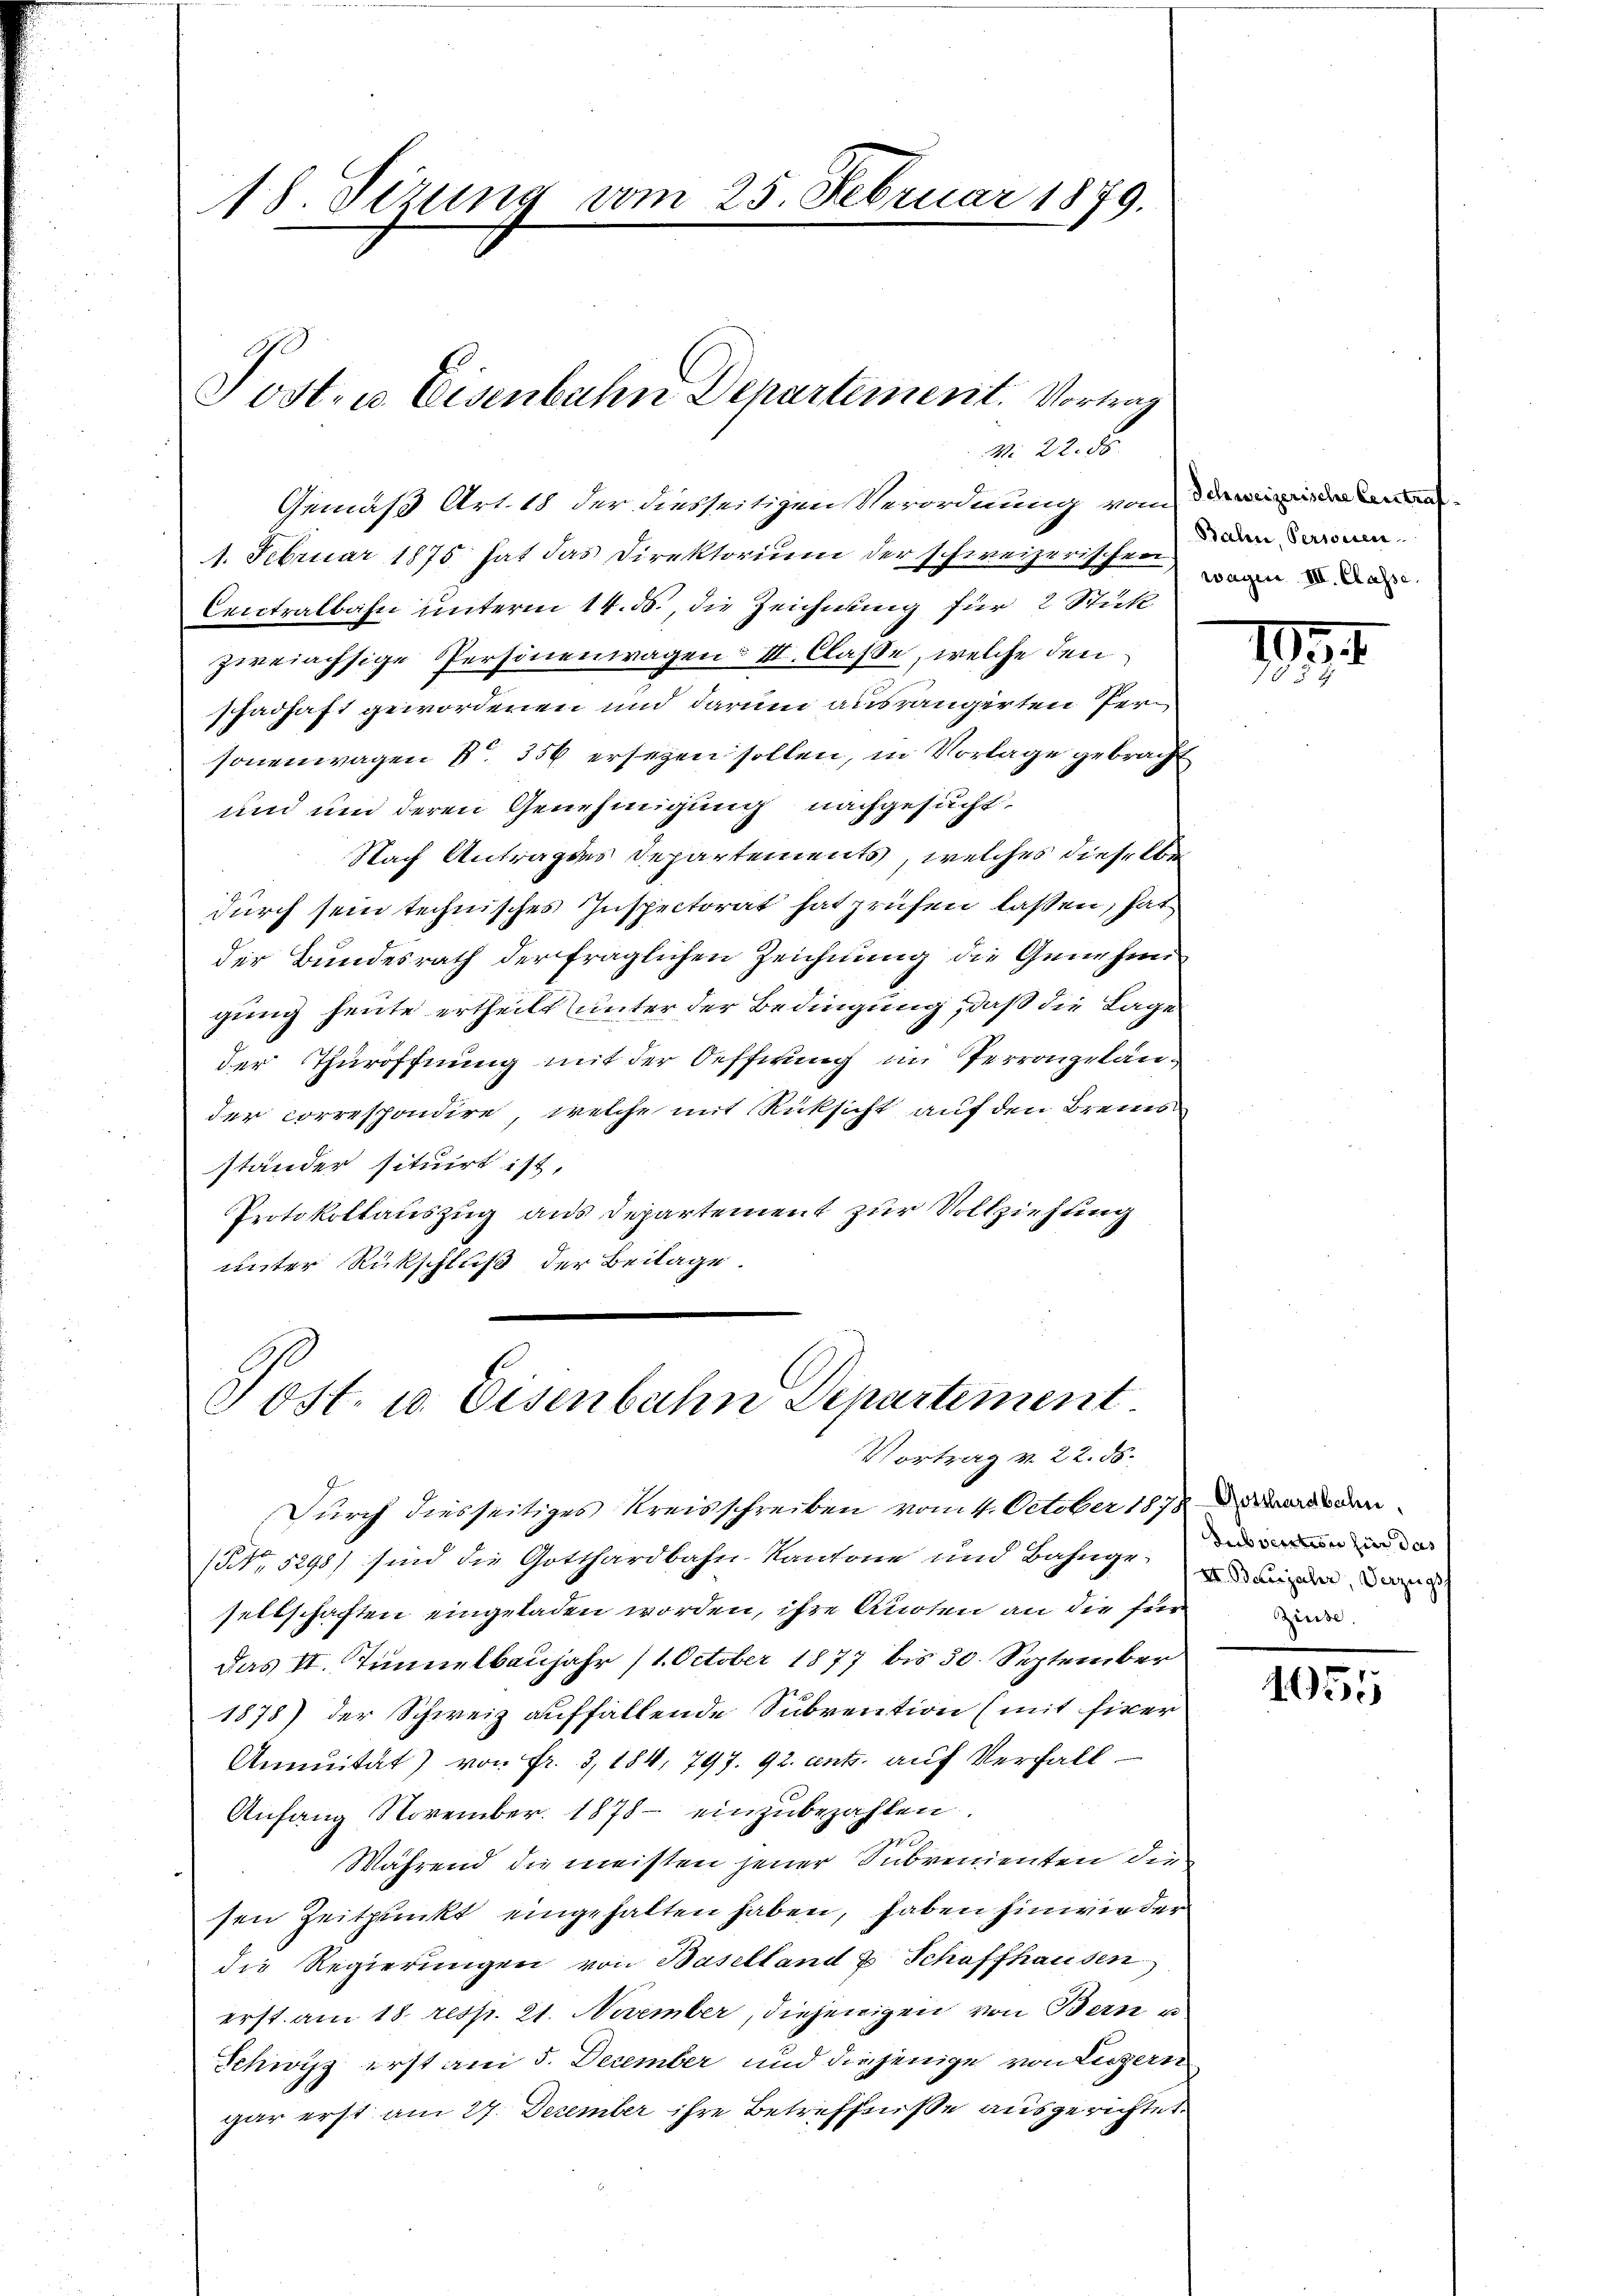
18 Dezung vom 25. Februar 1879.
d
Post- u. Eisenbahn Departement. Vortrag

N 22. 86
Gemäß Art. 18 der diesseitigen Verordnung vom einer Bran

1. Februar 1875 hat das Direktorium der schweizerischen,
Ceictralbahn unterm 14. ds., die Zeichnung für 2 Stück
zweiächsige Personenwagen: III. Classe, welche den
schadhaft gewordenen und darum ausrängerten Personenwagen S. 356 ersezen sollen, in Vorlage gebracht
und und deren Genehmigung nachgesucht.
Nach Antrages Departements, welches dieselbe
durch sein technisches Inspectorat hat prüfen lassen, hat
der Bundesrath der fraglichen Zeichnung die Genehm
gung heute ertheilt unter der Bedingung, daß die Lage
der Thüröffnung mit der Oeffnung in Perrongelan-
der correspondire, welche mit Rücksicht auf den Brems
ständer situirt ist,
Protokollauszug aus Departement zur Vollziehung
unter Rückschluß der Beilage

Post. 10. Eisenbahn Departement.
Vortrag v. 22. ds.

Balen, Perwesen
wagen III. Classe.

Durch diesseitiges Kreisschreiben vom 4. October 1878 den
(NNo. 5298) sind die Gotthardbahn-Kantone und Bahnge, und die
sellschaften eingeladen worden, ihre Auten an die für
das II. Tunnelbaujahr 11. October 1877 bis 30. September
1878) der Schweiz auffallende Subvention (mit fixer
Annuität) von Fr. 3, 184, 797. 92. ents. auf Verfall
Anfang November. 1878 - einzŭbezahlen.
Während die meisten jener Subvenienten die
sen Zeitpunkt eingehalten haben, haben hinwie der
die Regierungen von Baselland & Schaffhausen
erst am 18. resp. 21. Niember, diejenigen von Bern u
Schwyz erst am 5. December und diejenige von Liegern
gar erst am 27. December ihre Betreffnisse ausgerichtet.

11

Subvention hier das
Zinse.

1055